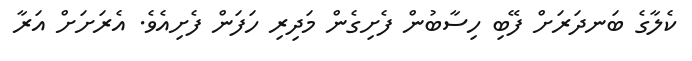
ކެލާގެ ބަނދަރަށް ފޭބި ހިސާބުން ފެށިގެން މަދިރި ހަފަން ފެށިއެވެ. އެރަށަށް އަރާ